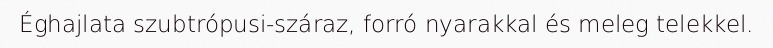
Éghajlata szubtrópusi-száraz, forró nyarakkal és meleg telekkel.